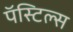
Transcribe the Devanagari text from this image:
पॅस्टिल्स